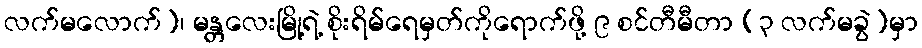
လက်မလောက်)၊ မန္တလေးမြို့ရဲ့ စိုးရိမ်ရေမှတ်ကိုရောက်ဖို့ ၉ စင်တီမီတာ (၃ လက်မခွဲ)မှာ